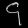
Digit: ၄